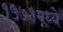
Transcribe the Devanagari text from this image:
१५७१मध्ये